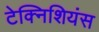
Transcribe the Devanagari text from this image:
टेक्निशियंस